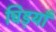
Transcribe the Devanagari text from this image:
चिड़याँ